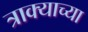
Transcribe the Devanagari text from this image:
त्राक्याच्या